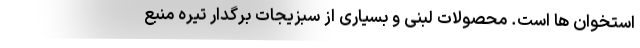
استخوان ها است. محصولات لبنی و بسیاری از سبزیجات برگدار تیره منبع